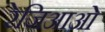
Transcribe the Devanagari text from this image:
रेजिआओ